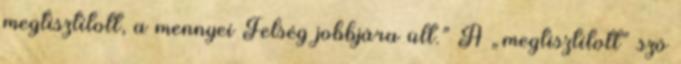
megtisztított, a mennyei Felség jobbjára ült.” A „megtisztított” szó